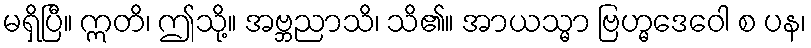
မရှိပြီ။ ဣတိ၊ ဤသို့။ အဗ္ဘညာသိ၊ သိ၏။ အာယသ္မာ ဗြဟ္မဒေဝေါ စ ပန၊